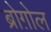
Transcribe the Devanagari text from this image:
ब्रोग़ोल